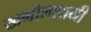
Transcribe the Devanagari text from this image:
खगोलशास्री